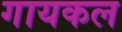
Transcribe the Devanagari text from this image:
गायकल